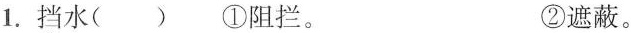
1.挡水( ) ①阻拦。 ②遮蔽。